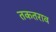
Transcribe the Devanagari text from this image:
तकतराव